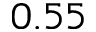
0 . 5 5